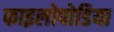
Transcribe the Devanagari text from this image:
फाइलोपोडिया